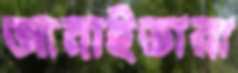
আনাইতারা